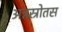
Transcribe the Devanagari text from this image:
अन्नस्रोतस